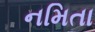
નમિતા